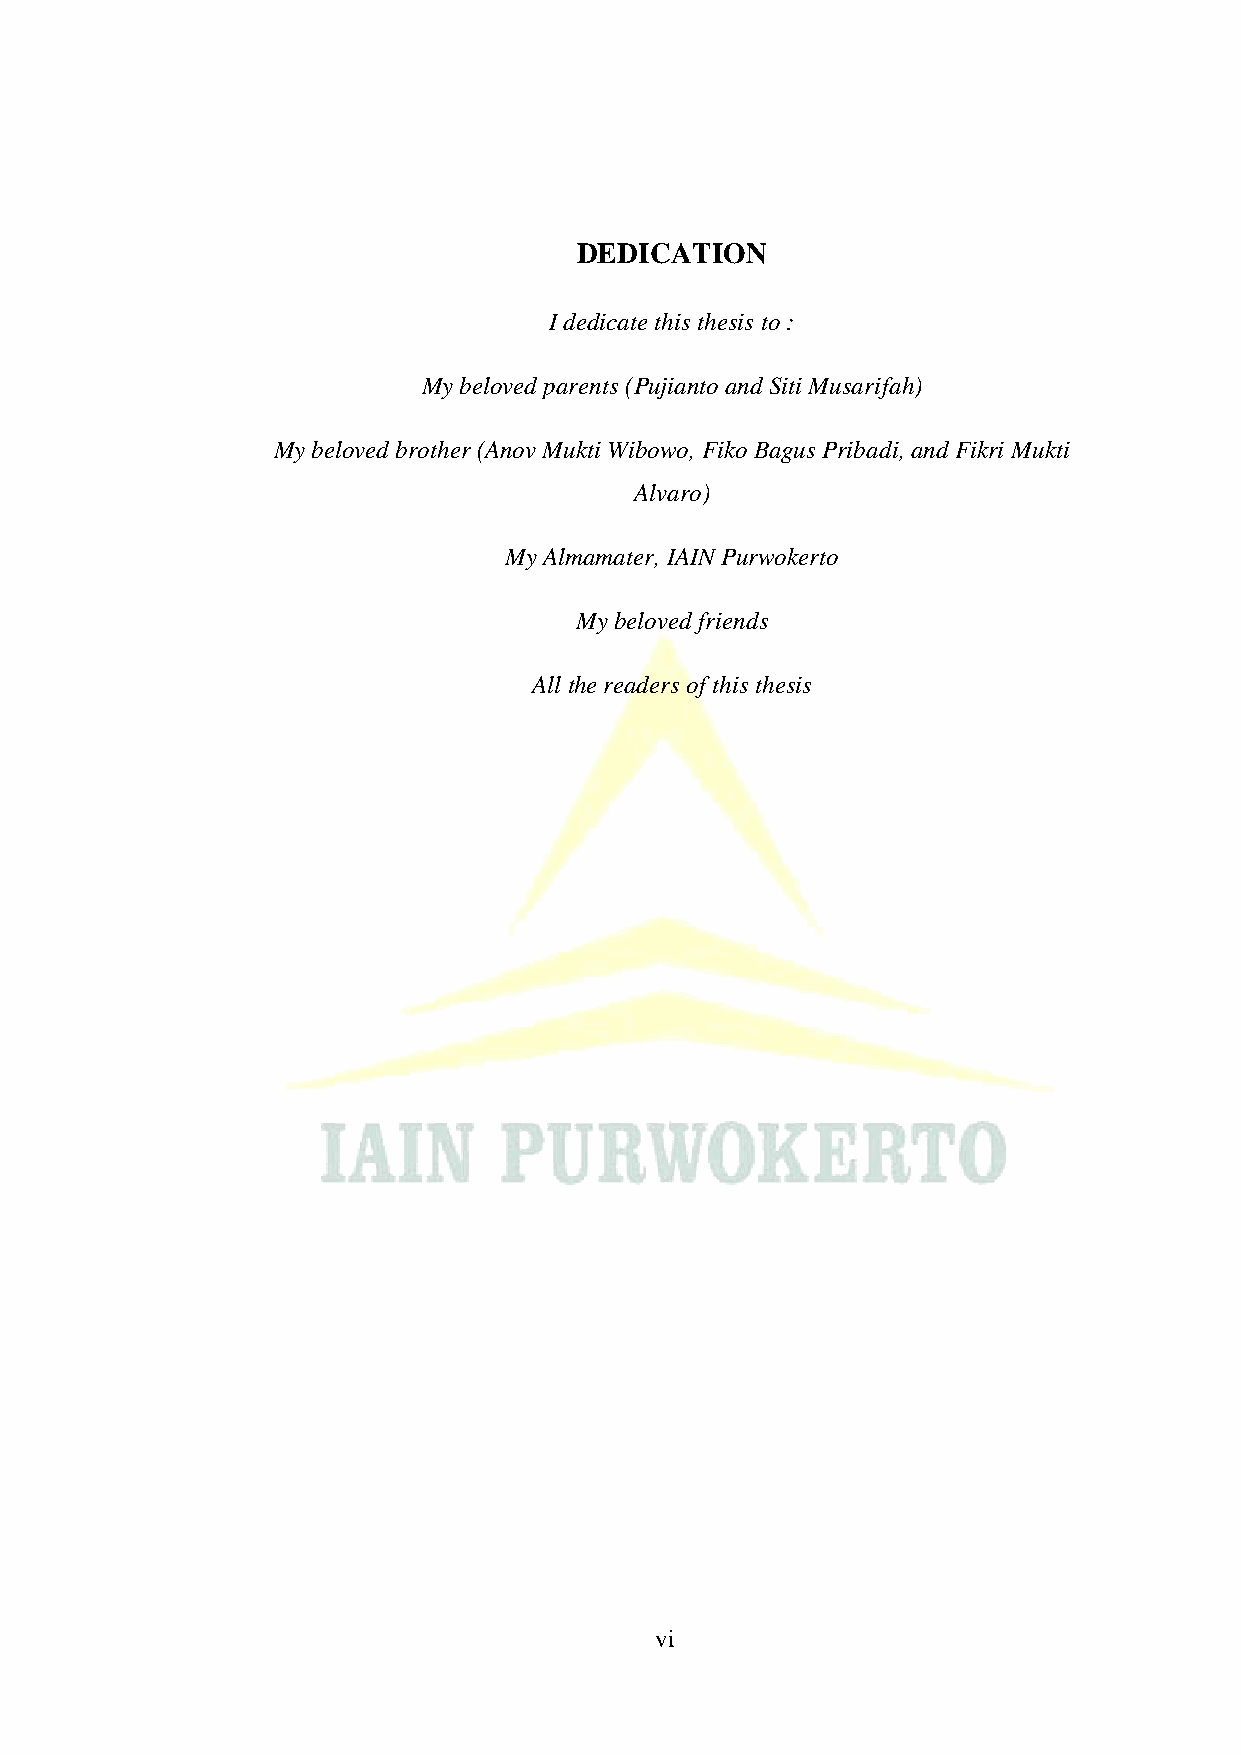
DEDICATION
 I dedicate this thesis to :
 My beloved parents (Pujianto and Siti Musarifah)
 My beloved brother (Anov Mukti Wibowo, Fiko Bagus Pribadi, and Fikri Mukti
 Alvaro)
 My Almamater, IAIN Purwokerto
 My beloved friends
 All the readers of this thesis
 vi